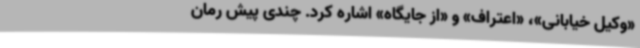
«وکیل خیابانی»،‌ «اعتراف» و «از جایگاه»‌ اشاره کرد. چندی پیش رمان